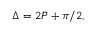
\Delta = 2 P + \pi / 2 ,